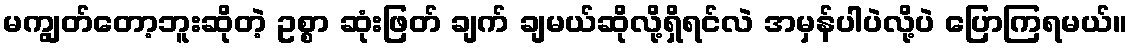
မကျွတ်တော့ဘူးဆိုတဲ့ ဥစ္စာ ဆုံးဖြတ် ချက် ချမယ်ဆိုလို့ရှိရင်လဲ အမှန်ပါပဲလို့ပဲ ပြောကြရမယ်။